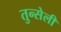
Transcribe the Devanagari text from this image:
तुन्सेली